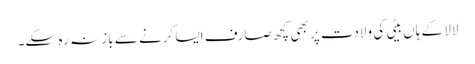
لالا کے ہاں بیٹی کی ولادت پر بھی کچھ صارف ایسا کرنے سے باز نہ رہ سکے۔